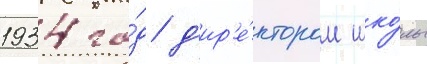
1934 го́д д'ир'е́ктором шко́лы